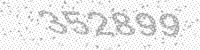
Solution: 352899